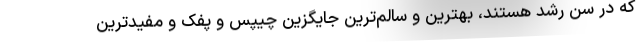
که در سن رشد هستند، بهترین و سالم‌ترین جایگزین چیپس و پفک و مفیدترین